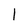
Character: l